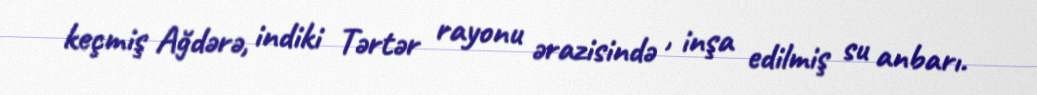
keçmiş Ağdərə, indiki Tərtər rayonu ərazisində , inşa edilmiş su anbarı.